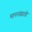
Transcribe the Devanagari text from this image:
मापनांसाठी